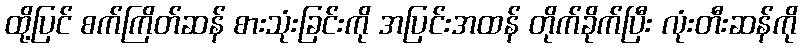
ထို့ပြင် စက်ကြိတ်ဆန် စားသုံးခြင်းကို အပြင်းအထန် တိုက်ခိုက်ပြီး လုံးတီးဆန်ကို